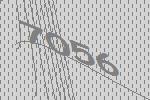
7056